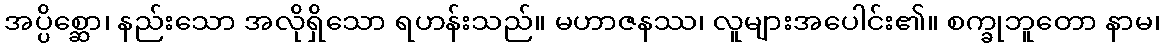
အပ္ပိစ္ဆော၊ နည်းသော အလိုရှိသော ရဟန်းသည်။ မဟာဇနဿ၊ လူများအပေါင်း၏။ စက္ခုဘူတော နာမ၊